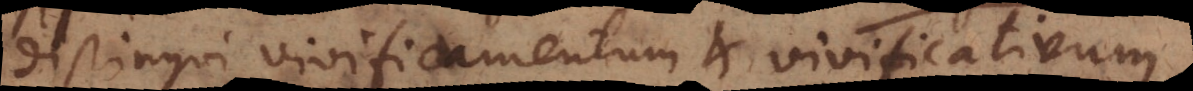
distingui vivificamentum et vivificativum.